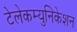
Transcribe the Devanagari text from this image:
टेलेकम्युनिकेशन